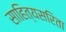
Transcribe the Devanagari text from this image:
साहित्यसरिता